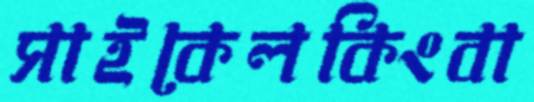
সাইকেলকিংবা